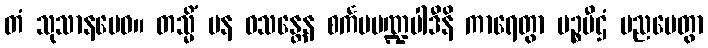
တံ သုသာနမေဝ။ တသ္မိံ ပန ဝသန္တေန စင်္ကမမဏ္ဍပါဒီနိ ကာရေတွာ မဉ္စပီဌံ ပညပေတွာ